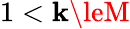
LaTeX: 1<\mathbf{k}\leM